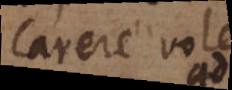
carere volet,